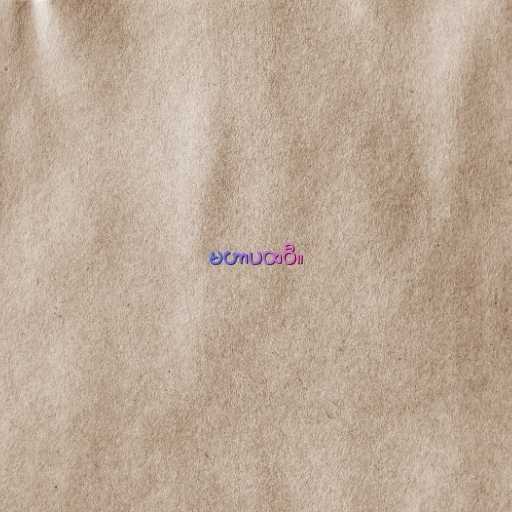
မဟာပထဝီ။